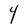
Character: Y